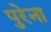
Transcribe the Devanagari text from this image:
पुरेना